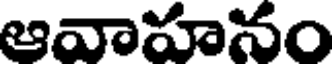
ఆవాహనం